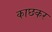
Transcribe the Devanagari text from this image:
काछकर